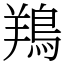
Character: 鴹